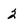
Character: 2